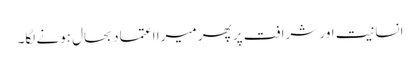
انسانیت اور شرافت پر پھر میرا اعتماد بحال ہونے لگا۔